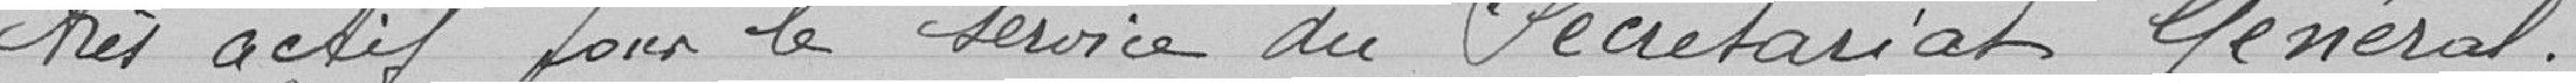
très actif pour le service du Secrétariat Général.